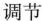
调节